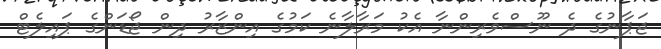
ޖަޕާނުގެ ދެ ނޫސްވެރިންނާ އެކު މަރާލާނެ ކަމުގެ އިންޒާރު ދިން ޖޯޑަންގެ ޕައިލެޓް